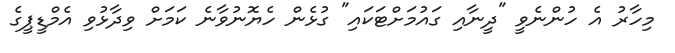
މިހާރު އެ ހުންނެވީ "ދީނާއި ގައުމަށްޓަކައި" ގުޅެން ހެޔޮނުވާނެ ކަމަށް ވިދާޅުވި އެމްޑީޕީގެ